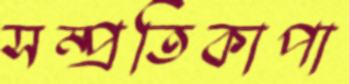
সম্প্রতিকাপা